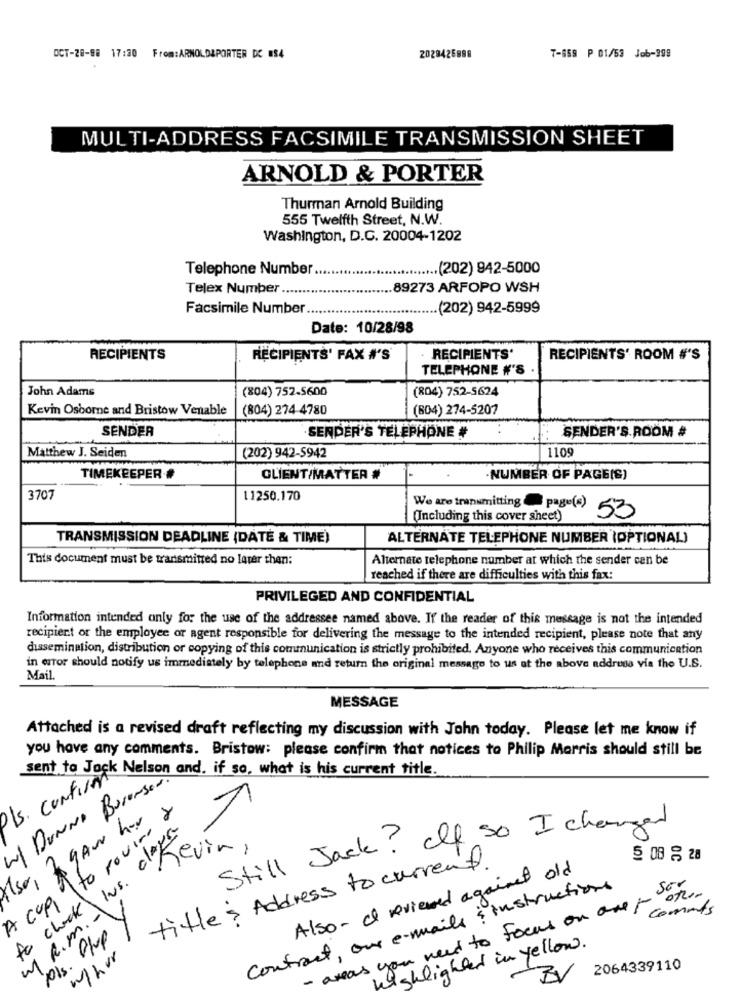
OCT-28-88 17:30 From:ARNOLDAPORTER DC #34
2029426899
7-859 P 01/53 Job-998
MULTI-ADDRESS FACSIMILE TRANSMISSION SHEET
ARNOLD & PORTER
Thurman Arnold Building
555 Twelfth Street, N.W.
Washington, D.C. 20004-1202
Telephone Number ..
...... (202) 942-5000
Telex Number.
89273 ARFOPO WSH
Facsimile Number ..
.. (202) 942-5999
Date: 10/28/98
RECIPIENTS
RECIPIENTS' FAX #'S
. RECIPIENTS'
RECIPIENTS' ROOM #'S
TELEPHONE #'S
John Adams
(804) 752.5600
(804) 752-5624
Kevin Osborne and Bristow Venable
(804) 274 4780
(604) 274-5207
SENDER
SENDER'S ROOM #
SENDER'S TELEPHONE #
Matthew J. Seiden
(202) 942-5942
1109
TIMEKEEPER #
CLIENT/MATTER #
.NUMBER OF PAGE(S)
3707
11250.170
We are transmitting page(s)
(Including this cover sheet)
53
TRANSMISSION DEADLINE (DATE & TIME)
ALTERNATE TELEPHONE NUMBER (OPTIONAL)
This document must be transmitted no later than:
Alternate telephone number at which the sender can be
reached if there are difficulties with this fax:
PRIVILEGED AND CONFIDENTIAL
Information intended only for the use of the addressee named above. If the reader of this message is not the intended
recipient or the employee or agent responsible for delivering the message to the intended recipient, please note that any
dissemination, distribution or copying of this communication is strictly prohibited. Anyone who receives this communication
in error should notify us immediately by telephone and return the original message to us at the above address via the U.S.
Mail.
MESSAGE
Attached is a revised draft reflecting my discussion with John today. Please let me know if
you have any comments. Bristow: please confirm that notices to Philip Morris should still be
sent to Jack Nelson and. if so, what is his current title.
W/ DUNNO Borensed.
Is. contient
Is0, 2 gAw her
1
A copy to rovino a
Still Jack? If so I changed
1 lvs. deKevin,
5 08 528
title: Address to current.
Also - I Reviewed against old
contract, our e-mails ? instructions
ser
Oth-
to check
areas you need to focus on aner commits
V
my R.m.
Pois. Plup
highlighted in yellow.
w/hor
2064339110
-